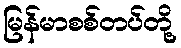
မြန်မာစစ်တပ်တို့